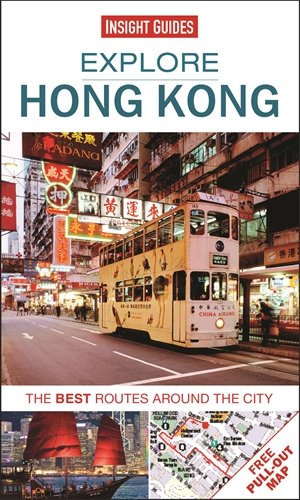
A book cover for Explore Hong Kong: The best routes around the city; Insight Guides; Travel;